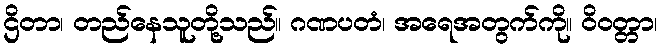
ဌိတာ၊ တည်နေသူတို့သည်။ ဂဏပတံ၊ အရေအတွက်ကို။ ဝိဝတ္တာ၊